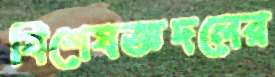
বিশেষজ্ঞদলের